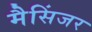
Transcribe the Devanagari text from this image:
मैसिंजर